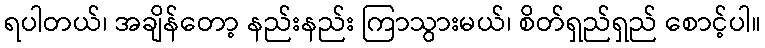
ရပါတယ်၊ အချိန်တော့ နည်းနည်း ကြာသွားမယ်၊ စိတ်ရှည်ရှည် စောင့်ပါ။